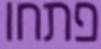
פתחו